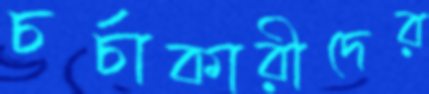
চর্চাকারীদের